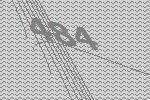
484